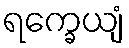
ရက္ခေယျံ